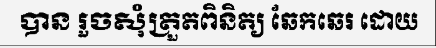
បាន រួចសុំត្រួតពិនិត្យ ឆែកឆេរ ដោយ